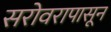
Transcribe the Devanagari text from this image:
सरोवरापासून